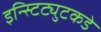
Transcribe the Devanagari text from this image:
इन्स्टिट्युटकडे